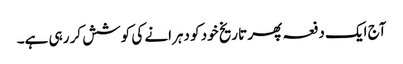
آج ایک دفعہ پھر تاریخ خود کو دہرانے کی کوشش کر رہی ہے۔